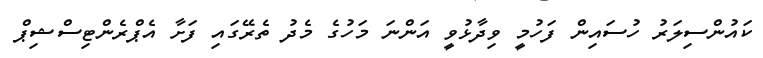
ކައުންސިލަރު ހުސައިން ފަހުމީ ވިދާޅުވީ އަންނަ މަހުގެ މެދު ތެރޭގައި ފަށާ އެޕްރެންޓިސްޝިޕް